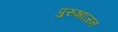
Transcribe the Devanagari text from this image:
पुरुभाजन